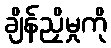
ချိန်ညှိမှုကို